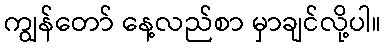
ကျွန်တော် နေ့လည်စာ မှာချင်လို့ပါ။